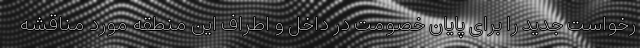
رخواست جدید را برای پایان خصومت‌ در داخل و اطراف این منطقه مورد مناقشه